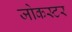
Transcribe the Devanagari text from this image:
जोकस्टर